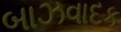
બાઝવાદક